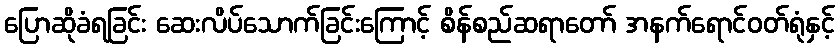
ပြောဆိုခံရခြင်း ဆေးလိပ်သောက်ခြင်းကြောင့် စိန်စည်ဆရာတော် အနက်ရောင်ဝတ်ရုံနှင့်